Annual statistical returns and brief notes on vaccination in Bengal - 1896-1909
Year: 1896
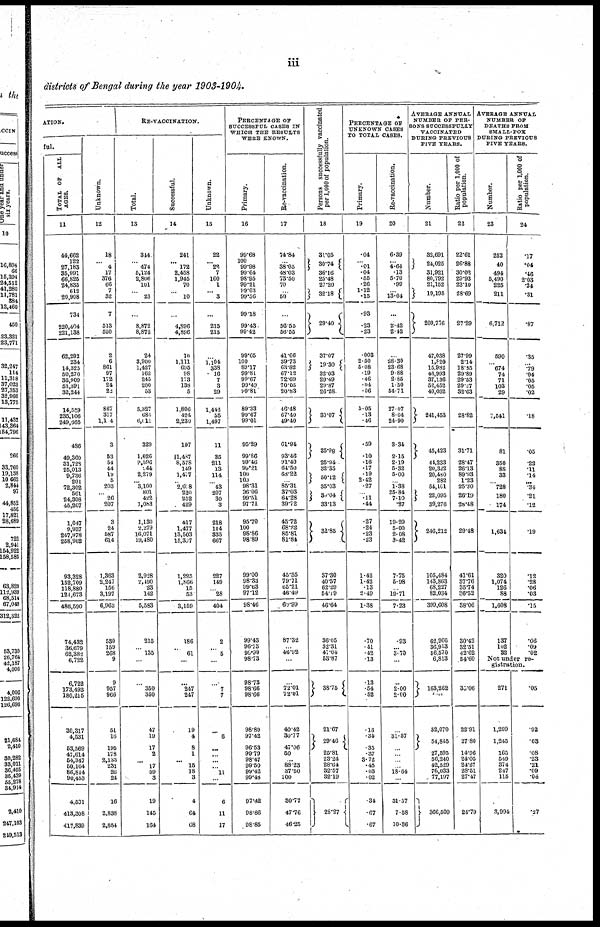
iii
districts of Bengal during the year 1903-1904.
ATION.
ful.
TOTAL OF
ALL
AGES.
11
44,662
122
27,183
35,991
66,826
24,835
612
20,908
734
220,404
221,138
62,292
234
14,325
50,270
36,909
53,391
32,244
14,559
235,106
249,665
486
49,360
31,728
25,013
9,736
201
72,302
561
24,308
45,267
1,047
9,937 247,978
258,962
93,328
152,709
118,880
121,673
486,590
74,432
36,679
62,382
6,722
6,722
173,493
180,215
30,317
4,531
53,569
47,614
54,347
50,164
86,844
90,453
4,531
413,308
417,839
Unknown.
12
18
... 4
17
376
66
7
32
7
513
520
2
6
861
97
172
24
22
867
317
1,104
3
53
54
44
19
5
203
... 26
207
3
24
587
614
1,363
2,247
156
3,197
6,963
530
159
268
9
9
957
966
51
16
195
178
8,133
231
26
24
16
2,838
2,854
RE-VACCINATION.
Total.
13
344
...
474
5,124
2,806
101
...
23
...
8,872
8,872
24
3,900
1,427
162
245
200
53
5,327
684
6,011
329
1,626
9,596
144
2,279
... 3,100
801
422
1,083
1,130
2,279
16,071
19,480
2,928
2,490
23
142
5,583
215
...
135
...
...
350
350
47
19
17
2
...
17
59
3
19
145
164
Successful.
14
241
... 172
2,458
1,945
70
...
10
...
4,896
4,896
10
1,111
695
98
173
138
5
1,806
424
2,239
197
11,487
8,578
149
1,477
... 2,018
220
252
429
417
1,477
13,503
15,307
1,225
1,866
15
53
3,159
186
...
61
...
...
247
247
19
4
8
1
... 15
18
3
4
64
68
Unknown.
15
22
... 22
7
160
1
... 3
...
215
215
...
1,104
338
16
7
3
29
1,442
55
1,497
11
35
211
13
114
... 43
207
30
3
218
114 335
667
227
149
... 28
404
2
... 5
...
...
7
7
...
6
...
...
... ... 11
6
11
17
PERCENTAGE OF
SUCCESSFUL CASES IN
WHICH THE RESULTS
WERE KNOWN.
Primary.
16
99.68
100
99.98
99.64
98.95
99.21
99.03
99.56
99.18
99.43
99.42
99.65
100
89.17
99.81
99.67
99.49
99.81
89.33
99.67
99.01
95.29
99.86
99.46
99.21
100
100
98.31
96.06
99.51
97.71
95.70
100
98.86
98.89
99.00
98.33
99.63
97.12
98.46
99.43
96.73
98.90
98.73
98.73
98.66
98.66
98.80
97.42
96.53
99.79
98.47
99.50
99.42
99.46
97.42
98.86
98.85
Re-vaccination.
17
74.84
... 38.05
48.03
73.50
70
50
56.55
56.55
41.66
39.73
63.82
67.12
72.69
70.05
20.83
46.48
67.40
49.40
61.94
93.46
91.40
64.50
68.22
... 85.31
37.03
64.28
39.72
45.72
68.22
85.81
81.84
45.35
79.71
65.21
46.49
60.99
87.32
... 46.92
...
...
72.01
72.01
40.42
30.77
47.06
50
...
88.23
37.50
100
30.77
47.76
46.25
Persons successfully vaccinated
per 1,000 of population.
18
31.05
30.74
36.16
25.48
27.20
32.18
29.40
37.07
19.30
32.03
29.49
29.87
26.28
30.07
35.98
25.94
32.35
50.12
35.03
30.04
33.13
32.85
37.30
40.57
62.29
54.19
46.64
36.05
32.31
47.04
53.87
38.75
21.67
29.46
25.81
23.24
28.64
32.57
32.19
28.27
PERCENTAGE OF
UNKNOWN CASES
TO TOTAL CASES.
Primary.
19
.04
... .01
.04
.55
.26
1.12
.15
.93
.23
.23
.003
2.50
5.08
.19
.46
.04
.06
5.05
.13
.46
. 59
.10
.16
.17
.19
2.42
.27
... .11
.44
.27
.24
.23
.23
1.42
1.42
.13
2.49
1.38
.70
.41
.42
.13
.13
.54
.52
.16
.34
.35
.37
3.72
.45
.03
.02
.34
.67
.67
Re-vaccination.
20
6.39
...
4.64
.13
5.70
.99
... 13.04
. ..
2.42
2.42
...
28.30
23.68
9.88
2.85
1.50
54.71
27.07
8.04
24.90
3.34
2.15
2.19
5.32
5.00
... 1.38
25.84
7.10
.27
19.29
5.00
2.08
3.42
7.75
5.98
... 19.71
7.23
.93
... 3.70
...
...
2.00
2.00
...
31.57
...
...
...
... 18.64
...
31.57
7.58
10.36
AVERAGE ANNUAL
NUMBER OF PER-
SONS SUCCESSFULLY
VACCINATED
DURING PREVIOUS
FIVE YEARS.
Number.
21
32,691
24,025
31,921
80,792
21,152
10,195
209,776
47,038
1,820
16,982
46,993
37,186
52,452
40,032
241,453
45,423
44,233
20,322
20,480
282
54,101
22,095
39,276
246,212
105,484
143,863
68,227
82,034
399,608
62,966
36,913
56,570
6,813
163,262
32,070
54,845
27,595
56,240
42,529
76,033
77,197
366,509
Ratio per 1,000 of
population.
22
22.61
26.88
30.03
29.93
23.10
28.69
27.29
27.99
2.14
18.85
29.89
29.53
29.27
32.63
28.82
31.71
28.47
26.13
89.93
1.23
25.30
26.19
28.48
29.48
41.61
37.76
35.74
86.52
38.06
30.42
32.51
42.62
54.60
35.06
22.91
27.80
14.96
24.05
24.27
28.51
27.47
24.79
AVERAGE ANNUAL
NUMBER OF
DEATHS FROM
SMALL-POX
DURING PREVIOUS
FIVE YEARS.
Number.
23
252
40
494
5,490
225
211
6,712
590
... 674
74
71
103
29
1,541
81
350
88
33
... 728
180
174
1,634
320
1,074
126
88
1,608
137
102
32
Ratio per 1,000 of
population.
24
.17
.04
.46
2.03
.24
.31
.87
.35
... .79
.04
.05
.05
.02
.18
.05
.22
.11
.14
... .34
.21
.12
.19
.12
.28
.06
.03
.15
.06
.09
.02
Not under re-
gistration.
271
1,299
1,245
165
549
374
247
115
3,994
.05
.92
.63
.08
.23
.21
.09
.04
.27